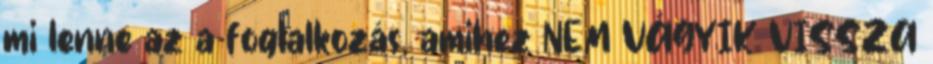
mi lenne az a foglalkozás, amihez NEM VÁGYIK VISSZA